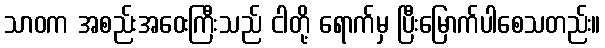
သာဝက အစည်းအဝေးကြီးသည် ငါတို့ ရောက်မှ ပြီးမြောက်ပါစေသတည်း။